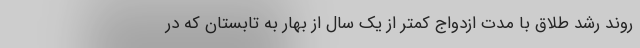
روند رشد طلاق با مدت ازدواج کمتر از یک سال از بهار به تابستان که در